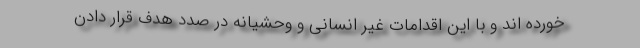
خورده اند و با این اقدامات غیر انسانی و وحشیانه در صدد هدف قرار دادن